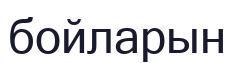
бойларын